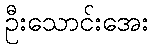
ဦးသောင်းအေး